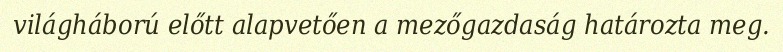
világháború előtt alapvetően a mezőgazdaság határozta meg.